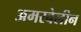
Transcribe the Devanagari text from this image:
अमरबेलीन